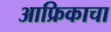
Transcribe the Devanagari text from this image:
आफ्रिकाचा